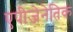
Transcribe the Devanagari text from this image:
एपीजेनेतिक